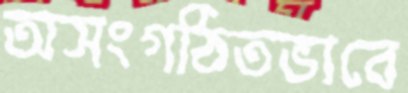
অসংগঠিতভাবে